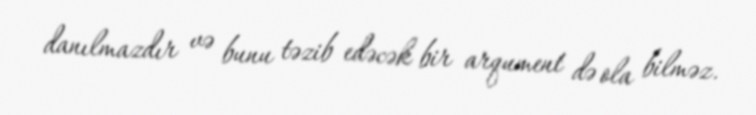
danılmazdır və bunu təzib edəcək bir arqument də ola bilməz.